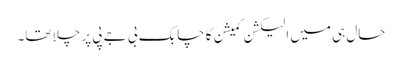
حال ہی میں الیکشن کمیشن کا چابک بی جے پی پر چلا تھا۔